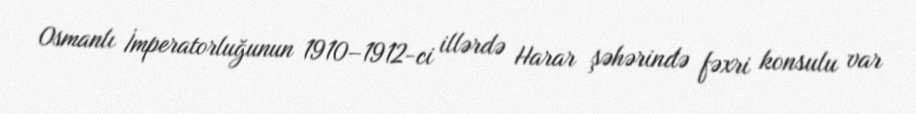
Osmanlı İmperatorluğunun 1910–1912-ci illərdə Harar şəhərində fəxri konsulu var